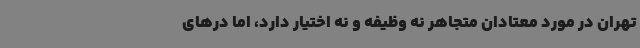
تهران در مورد معتادان متجاهر نه وظیفه و نه اختیار دارد، اما درهای